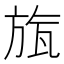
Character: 旊